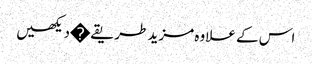
اس کے علاوہ مزید طریقے�دیکھیں